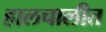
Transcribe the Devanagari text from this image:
हालचालीत